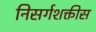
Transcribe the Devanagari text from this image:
निसर्गशक्तीस